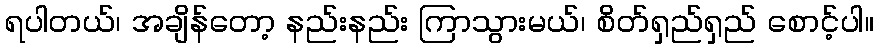
ရပါတယ်၊ အချိန်တော့ နည်းနည်း ကြာသွားမယ်၊ စိတ်ရှည်ရှည် စောင့်ပါ။